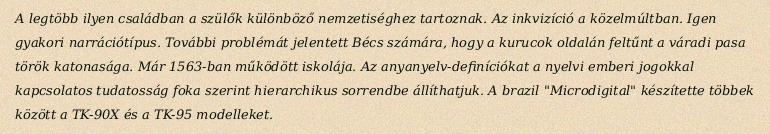
A legtöbb ilyen családban a szülők különböző nemzetiséghez tartoznak. Az inkvizíció a közelmúltban. Igen gyakori narrációtípus. További problémát jelentett Bécs számára, hogy a kurucok oldalán feltűnt a váradi pasa török katonasága. Már 1563-ban működött iskolája. Az anyanyelv-definíciókat a nyelvi emberi jogokkal kapcsolatos tudatosság foka szerint hierarchikus sorrendbe állíthatjuk. A brazil "Microdigital" készítette többek között a TK-90X és a TK-95 modelleket.